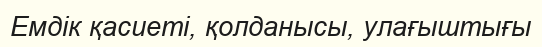
Емдік қасиеті, қолданысы, улағыштығы